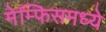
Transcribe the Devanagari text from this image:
मेम्फिसमध्ये